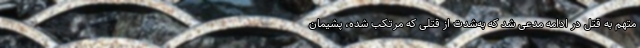
متهم به قتل در ادامه مدعی شد که به‌شدت از قتلی که مرتکب شده، پشیمان